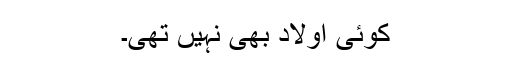
کوئی اولاد بھی نہیں تھی۔